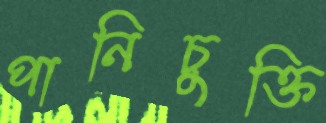
পানিচুক্তি